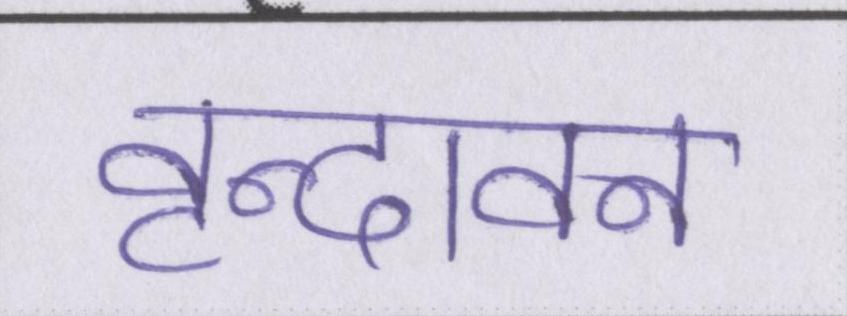
वृन्दावन